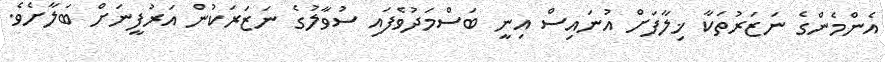
އެންމެންގެ ނަޒަރުތަކާ ޚިލާފަށް އުނައިސް އިނީ ބަސްމަދުވެފައި ސުވާލުގެ ނަޒަރަކުން އަރުފީނަށް ބަލާށެވެ.